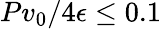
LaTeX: Pv_{0}/4\epsilon\leq 0.1